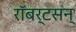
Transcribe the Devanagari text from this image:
रॉबर्टसन्